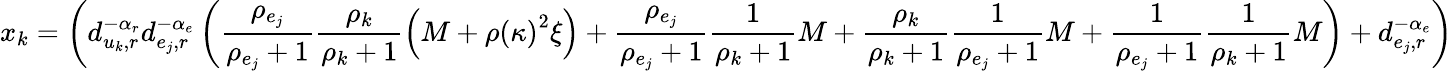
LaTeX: x_{k}=\left(d_{u_{k},r}^{-\alpha_{r}}d_{e_{j},r}^{-\alpha_{e}}\left(\frac{\rho_{e_{j}}}{\rho_{e_{j}}+1}\frac{\rho_{k}}{\rho_{k}+1}\left(M+\rho\left(\kappa\right)^{2}\xi\right)+\frac{\rho_{e_{j}}}{\rho_{e_{j}}+1}\frac{1}{\rho_{k}+1}M+\frac{\rho_{k}}{\rho_{k}+1}\frac{1}{\rho_{e_{j}}+1}M+\frac{1}{\rho_{e_{j}}+1}\frac{1}{\rho_{k}+1}M\right)+d_{e_{j},r}^{-\alpha_{e}}\right)